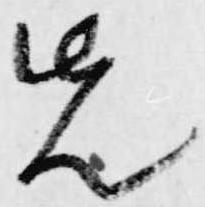
先